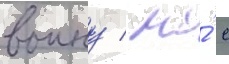
воину / но́ с